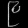
Digit: ၉